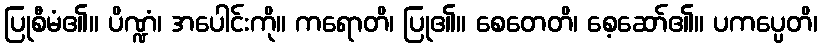
ပြုစီမံ၏။ ပိဏ္ဍံ၊ အပေါင်းကို။ ကရောတိ၊ ပြု၏။ စေတေတိ၊ စေ့ဆော်၏။ ပကပ္ပေတိ၊